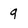
Character: q